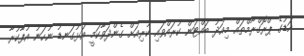
އަޑުގެ ޕްރޮގްރާމްތައް މިއަދު ބައްޓަން ކުރައްވައި ކުރިއަށް ގެންދަވާކަމީ އަޅުގަނޑު ނުހަނު އުފާކުރާ